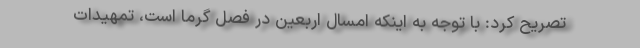
تصریح کرد: با توجه به اینکه امسال اربعین در فصل گرما است، تمهیدات